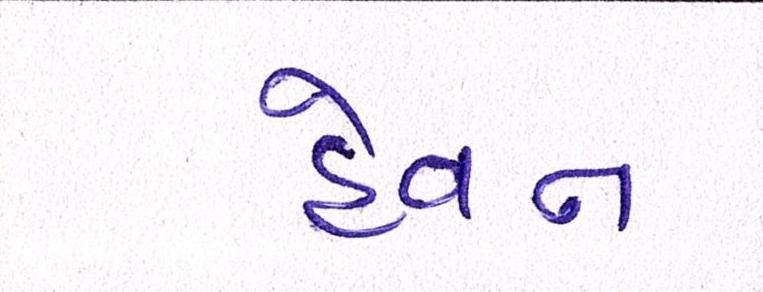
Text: હેવન